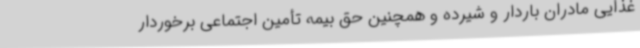
غذایی مادران باردار و شیرده و همچنین حق بیمه تأمین اجتماعی برخوردار